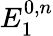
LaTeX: E_{1}^{0,n}